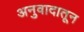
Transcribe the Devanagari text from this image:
अनुवादातून